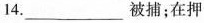
14.___被捕；在押